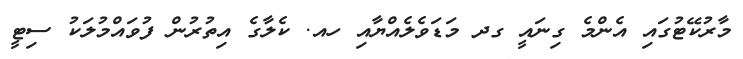
މާރުކޭޓުގައި އެންމެ ގިނައީ ގދ މަޑަވެލެއްޔާއި ހއ. ކެލާގެ އިތުރުން ފުވައްމުލަކު ސިޓީ